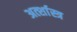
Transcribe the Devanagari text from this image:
अर्त्शास्त्र